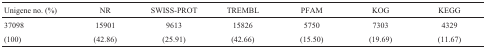
<table><thead><tr><td><b>Unigene no. (%)</b></td><td><b>NR</b></td><td><b>SWISS-PROT</b></td><td><b>TREMBL</b></td><td><b>PFAM</b></td><td><b>KOG</b></td><td><b>KEGG</b></td></tr></thead><tbody><tr><td>37098</td><td>15901</td><td>9613</td><td>15826</td><td>5750</td><td>7303</td><td>4329</td></tr><tr><td>(100)</td><td>(42.86)</td><td>(25.91)</td><td>(42.66)</td><td>(15.50)</td><td>(19.69)</td><td>(11.67)</td></tr></tbody></table>